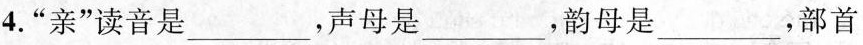
4.”亲”读音是___，声母是___，韵母是___，部首